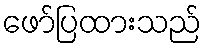
ဖော်ပြထားသည်